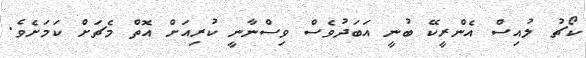
ކޯޗު ލުއިސް އެންރީކޭ ބުނީ އަބަދުވެސް ވިސްނާނީ ކުރިއަށް އޮތް މެޗަށް ކަމަށެވެ.